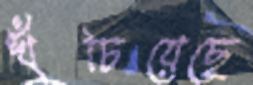
খুঁচিয়েছে